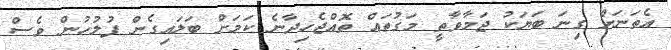
އެތަނަށް ގިނަ ބަޔަކު ޖަމާވާތީ މަގުތައް ތޮއްޖެހިދާނެ ކަމަށް ބަލައިގެން ފުލުހުން ވެސް